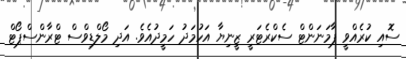
ސޮއި ކުރެއްވީ ޕާމަނަންޓް ސެކްރެޓަރީ ޒީނިޔާ އަހުމަދު ހަމީދުއެވެ. އަދި މޯލްޑިވްސް ޓްރާންސްޕޯޓް